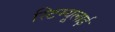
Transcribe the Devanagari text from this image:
स्टिम्यूलाई